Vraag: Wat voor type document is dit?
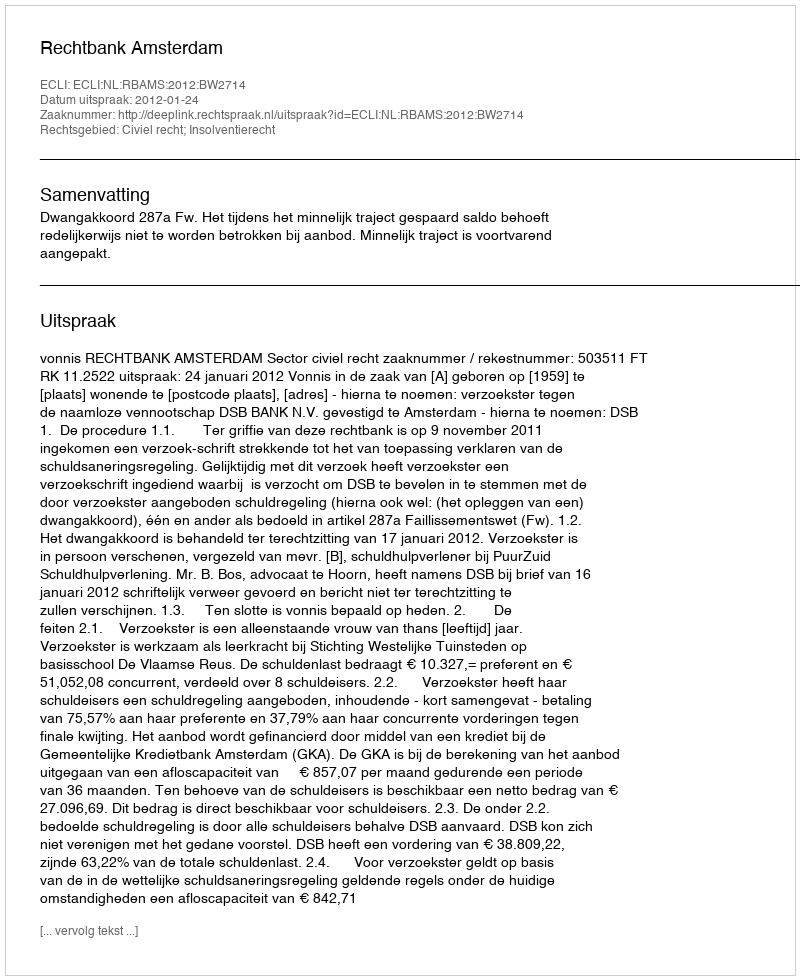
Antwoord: Uitspraak